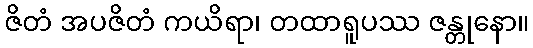
ဇိတံ အပဇိတံ ကယိရာ၊ တထာရူပဿ ဇန္တုနော။